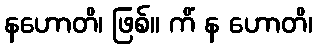
နဟောတိ၊ ဖြစ်။ ကိံ န ဟောတိ၊